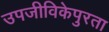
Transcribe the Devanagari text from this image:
उपजीविकेपुरता